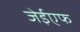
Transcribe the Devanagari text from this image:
जेईएफ